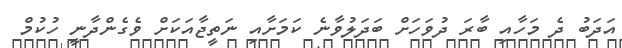
އަދަބު ދެ މަހާއި ބާރަ ދުވަހަށް ބަދަލުވާނެ ކަމަށާއި ނަތީޖާއަކަށް ވެގެންދާނީ ހުކުމް